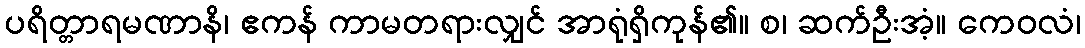
ပရိတ္တာရမဏာနိ၊ ဧကန် ကာမတရားလျှင် အာရုံရှိကုန်၏။ စ၊ ဆက်ဦးအံ့။ ကေဝလံ၊